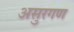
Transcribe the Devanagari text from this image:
असुरगण